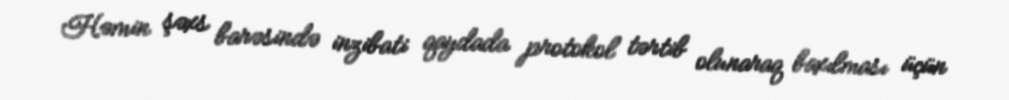
Həmin şəxs barəsində inzibati qaydada protokol tərtib olunaraq baxılması üçün